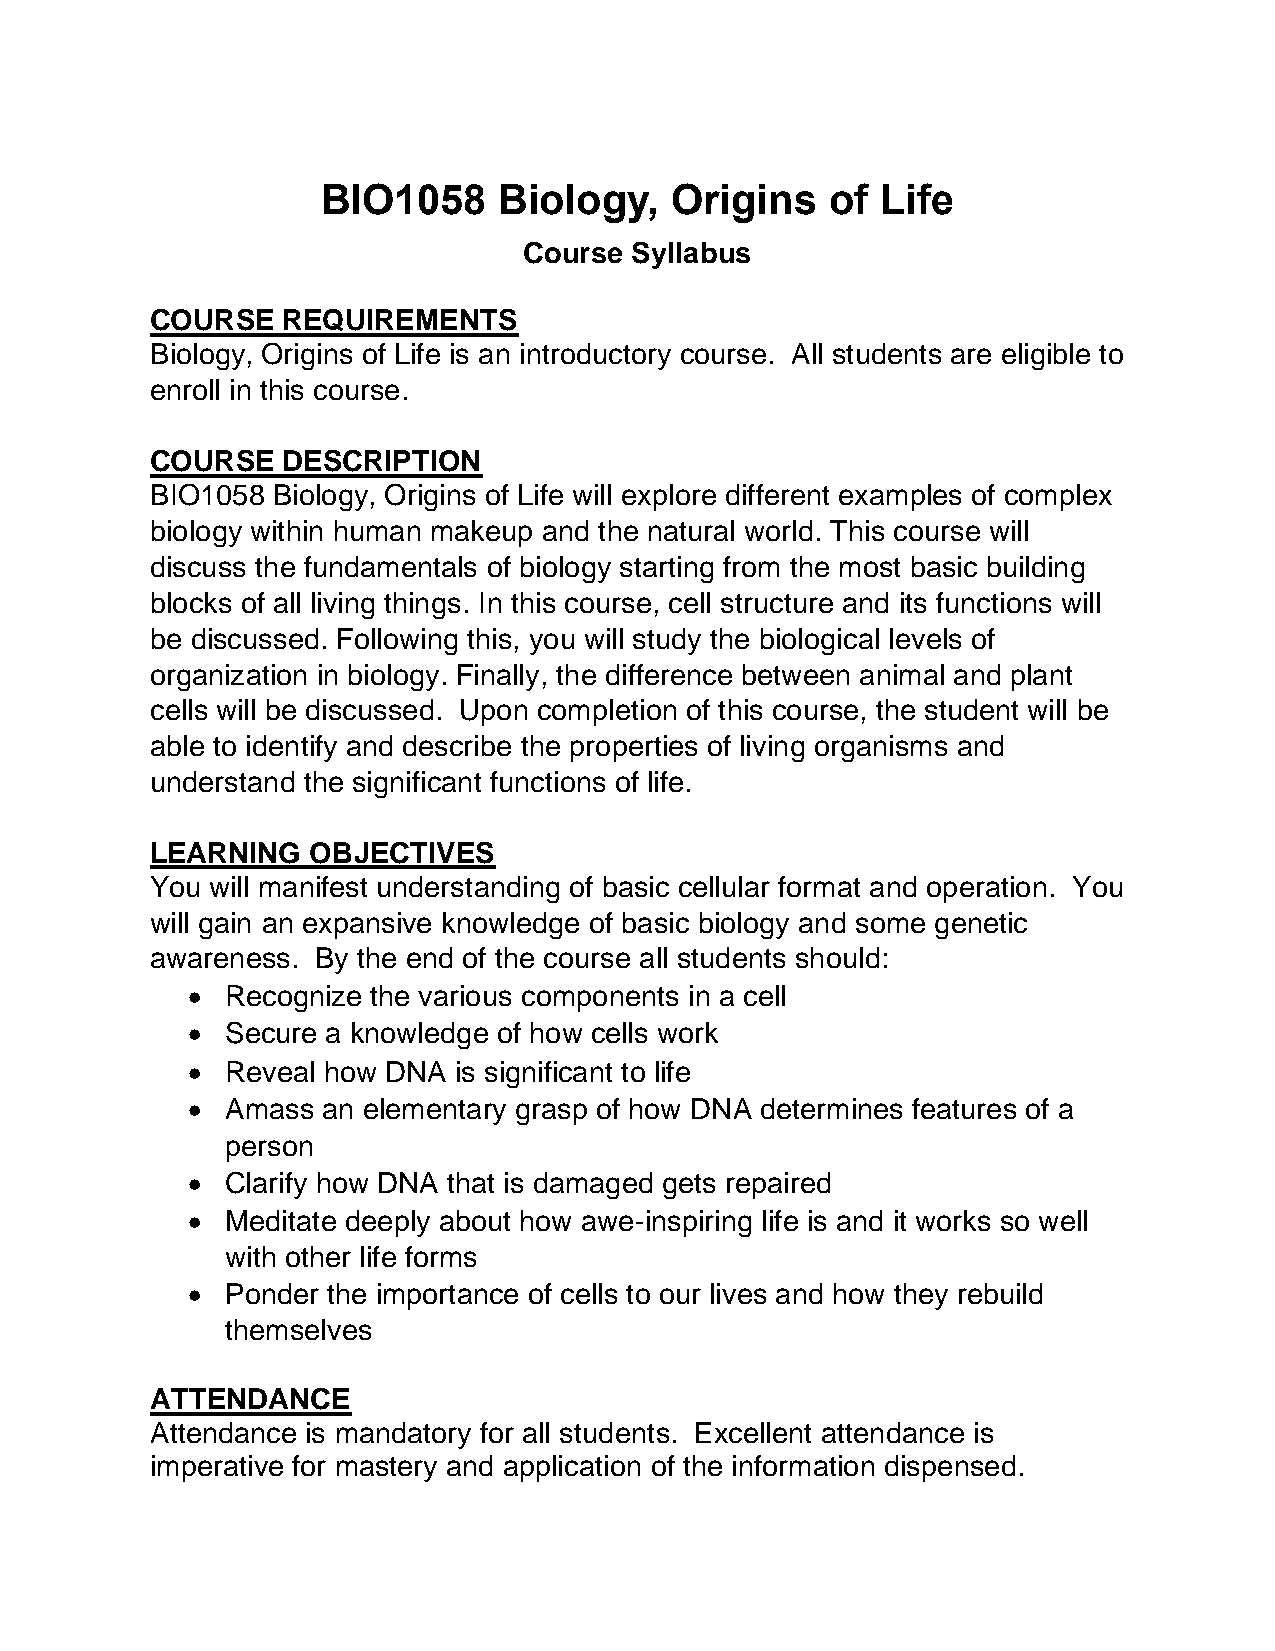
BIO1058     Biology,   Origins    of Life
 Course Syllabus
 COURSE   REQUIREMENTS
 Biology, Origins of Life is an introductory course. All students are eligible to
 enroll in this course.
 COURSE   DESCRIPTION
 BIO1058 Biology, Origins of Life will explore different examples of complex
 biology within human makeup and the natural world. This course will
 discuss the fundamentals of biology starting from the most basic building
 blocks of all living things. In this course, cell structure and its functions will
 be discussed. Following this, you will study the biological levels of
 organization in biology. Finally, the difference between animal and plant
 cells will be discussed. Upon completion of this course, the student will be
 able to identify and describe the properties of living organisms and
 understand the significant functions of life.
 LEARNING   OBJECTIVES
 You will manifest understanding of basic cellular format and operation. You
 will gain an expansive knowledge of basic biology and some genetic
 awareness. By the end of the course all students should:
 •  Recognize the various components in a cell
 •  Secure a knowledge of how cells work
 •  Reveal how DNA is significant to life
 •  Amass an elementary grasp of how DNA determines features of a
 person
 •  Clarify how DNA that is damaged gets repaired
 •  Meditate deeply about how awe-inspiring life is and it works so well
 with other life forms
 •  Ponder the importance of cells to our lives and how they rebuild
 themselves
 ATTENDANCE
 Attendance is mandatory for all students. Excellent attendance is
 imperative for mastery and application of the information dispensed.